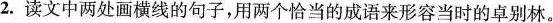
2.读文中两处画横线的句子，用两个恰当的成语来形容当时的卓别林。